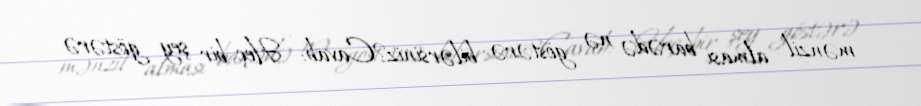
mənzil alması barədə nə göstərə bilərsiniz?Cavab: - Heç bir şey göstərə